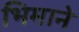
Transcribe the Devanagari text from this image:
भिमाने